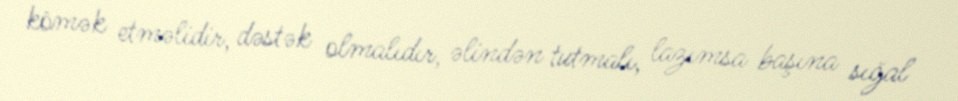
kömək etməlidir, dəstək olmalıdır, əlindən tutmalı, lazımsa başına sığal